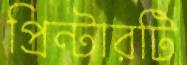
প্রিন্টারটি